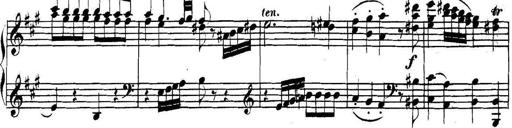
Title: Collected Piano Sonatas
Composer: Muzio Clementi